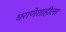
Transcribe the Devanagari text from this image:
घराणेशाहीला